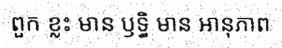
ពួក ខ្លះ មាន ឫទ្ធិ មាន អានុភាព